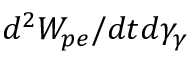
d ^ { 2 } W _ { p e } / d t d \gamma _ { \gamma }